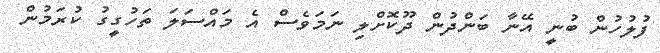
ފުލުހުން ބުނީ އޭނާ ބަންދުން ދޫކޮށްލި ނަމަވެސް އެ މައްސަލަ ތަހުގީގު ކުރަމުން